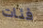
فئات